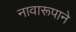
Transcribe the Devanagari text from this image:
नावारूपाने